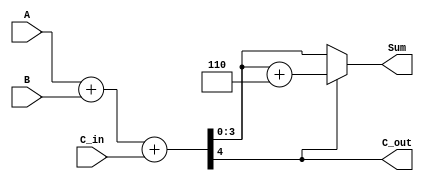
module bcd_conditional_adder (
    input [3:0] A,      // First BCD digit
    input [3:0] B,      // Second BCD digit
    input C_in,         // Carry input
    output [3:0] Sum,   // BCD Sum output
    output C_out        // Carry output
);
    wire [4:0] S;       // 5-bit sum to hold the result of A + B + C_in
    wire [4:0] adjusted_sum; // Adjusted sum after adding 6 if necessary

    // Perform binary addition of A, B and C_in
    assign S = A + B + C_in;

    // Determine corrected sum based on BCD rules
    assign adjusted_sum = S + 5'b00110; // Add 6 in binary (0110) for correction if needed

    // Assign Sum and C_out based on S
    assign Sum = (S[4] == 1'b0) ? S[3:0] : adjusted_sum[3:0]; // Corrected or uncorrected sum
    assign C_out = S[4]; // Carry out is determined by the most significant bit of S
    
endmodule